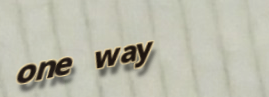
one way